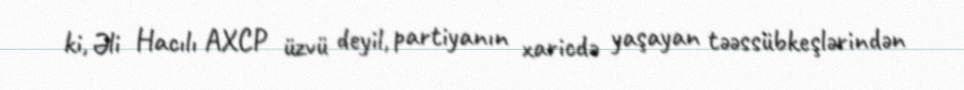
ki, Əli Hacılı AXCP üzvü deyil, partiyanın xaricdə yaşayan təəssübkeşlərindən